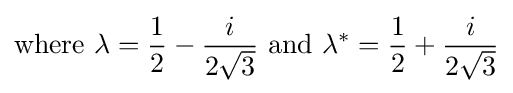
{\mbox{where }}\lambda ={\frac {1}{2}}-{\frac {i}{2{\sqrt {3}}}}{\text{ and }}\lambda ^{*}={\frac {1}{2}}+{\frac {i}{2{\sqrt {3}}}}